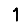
Digit: 1